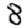
Digit: 8